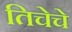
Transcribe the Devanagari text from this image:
तिचेचे